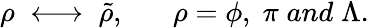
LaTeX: \rho\; \longleftrightarrow\; \tilde{\rho},\; \; \; \; \; \; \rho=\phi,\; \pi\; and\; \Lambda.